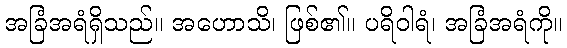
အခြံအရံရှိသည်။ အဟောသိ၊ ဖြစ်၏။ ပရိဝါရံ၊ အခြံအရံကို။